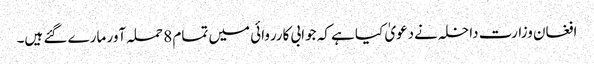
افغان وزارت داخلہ نےدعویٰ کیا ہے کہ جوابی کارروائی میں تمام 8 حملہ آور مارے گئے ہیں۔